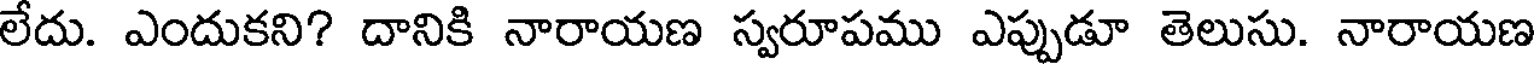
లేదు. ఎందుకని? దానికి నారాయణ స్వరూపము ఎప్పుడూ తెలుసు. నారాయణ